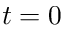
t = 0